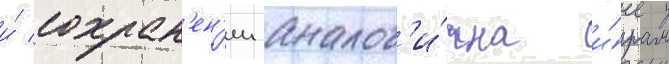
и́ сохран'ен'ии аналог'и́чна и́грам